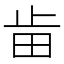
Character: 𣥤